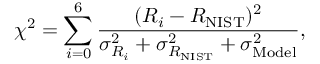
\chi ^ { 2 } = \sum _ { i = 0 } ^ { 6 } \frac { ( R _ { i } - R _ { \mathrm { { N I S T } } } ) ^ { 2 } } { \sigma _ { R _ { i } } ^ { 2 } + \sigma _ { { R _ { \mathrm { { N I S T } } } } } ^ { 2 } + \sigma _ { \mathrm { { M o d e l } } } ^ { 2 } } ,